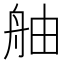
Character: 舳